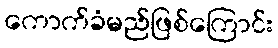
ကောက်ခံမည်ဖြစ်ကြောင်း